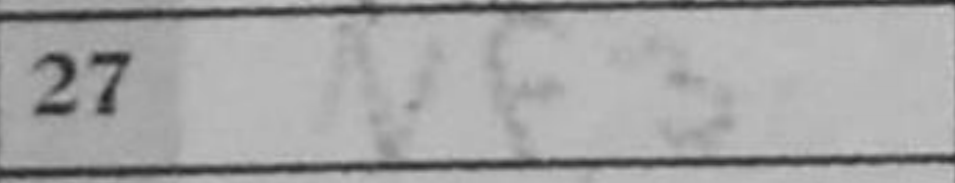
Transcription: Nf3